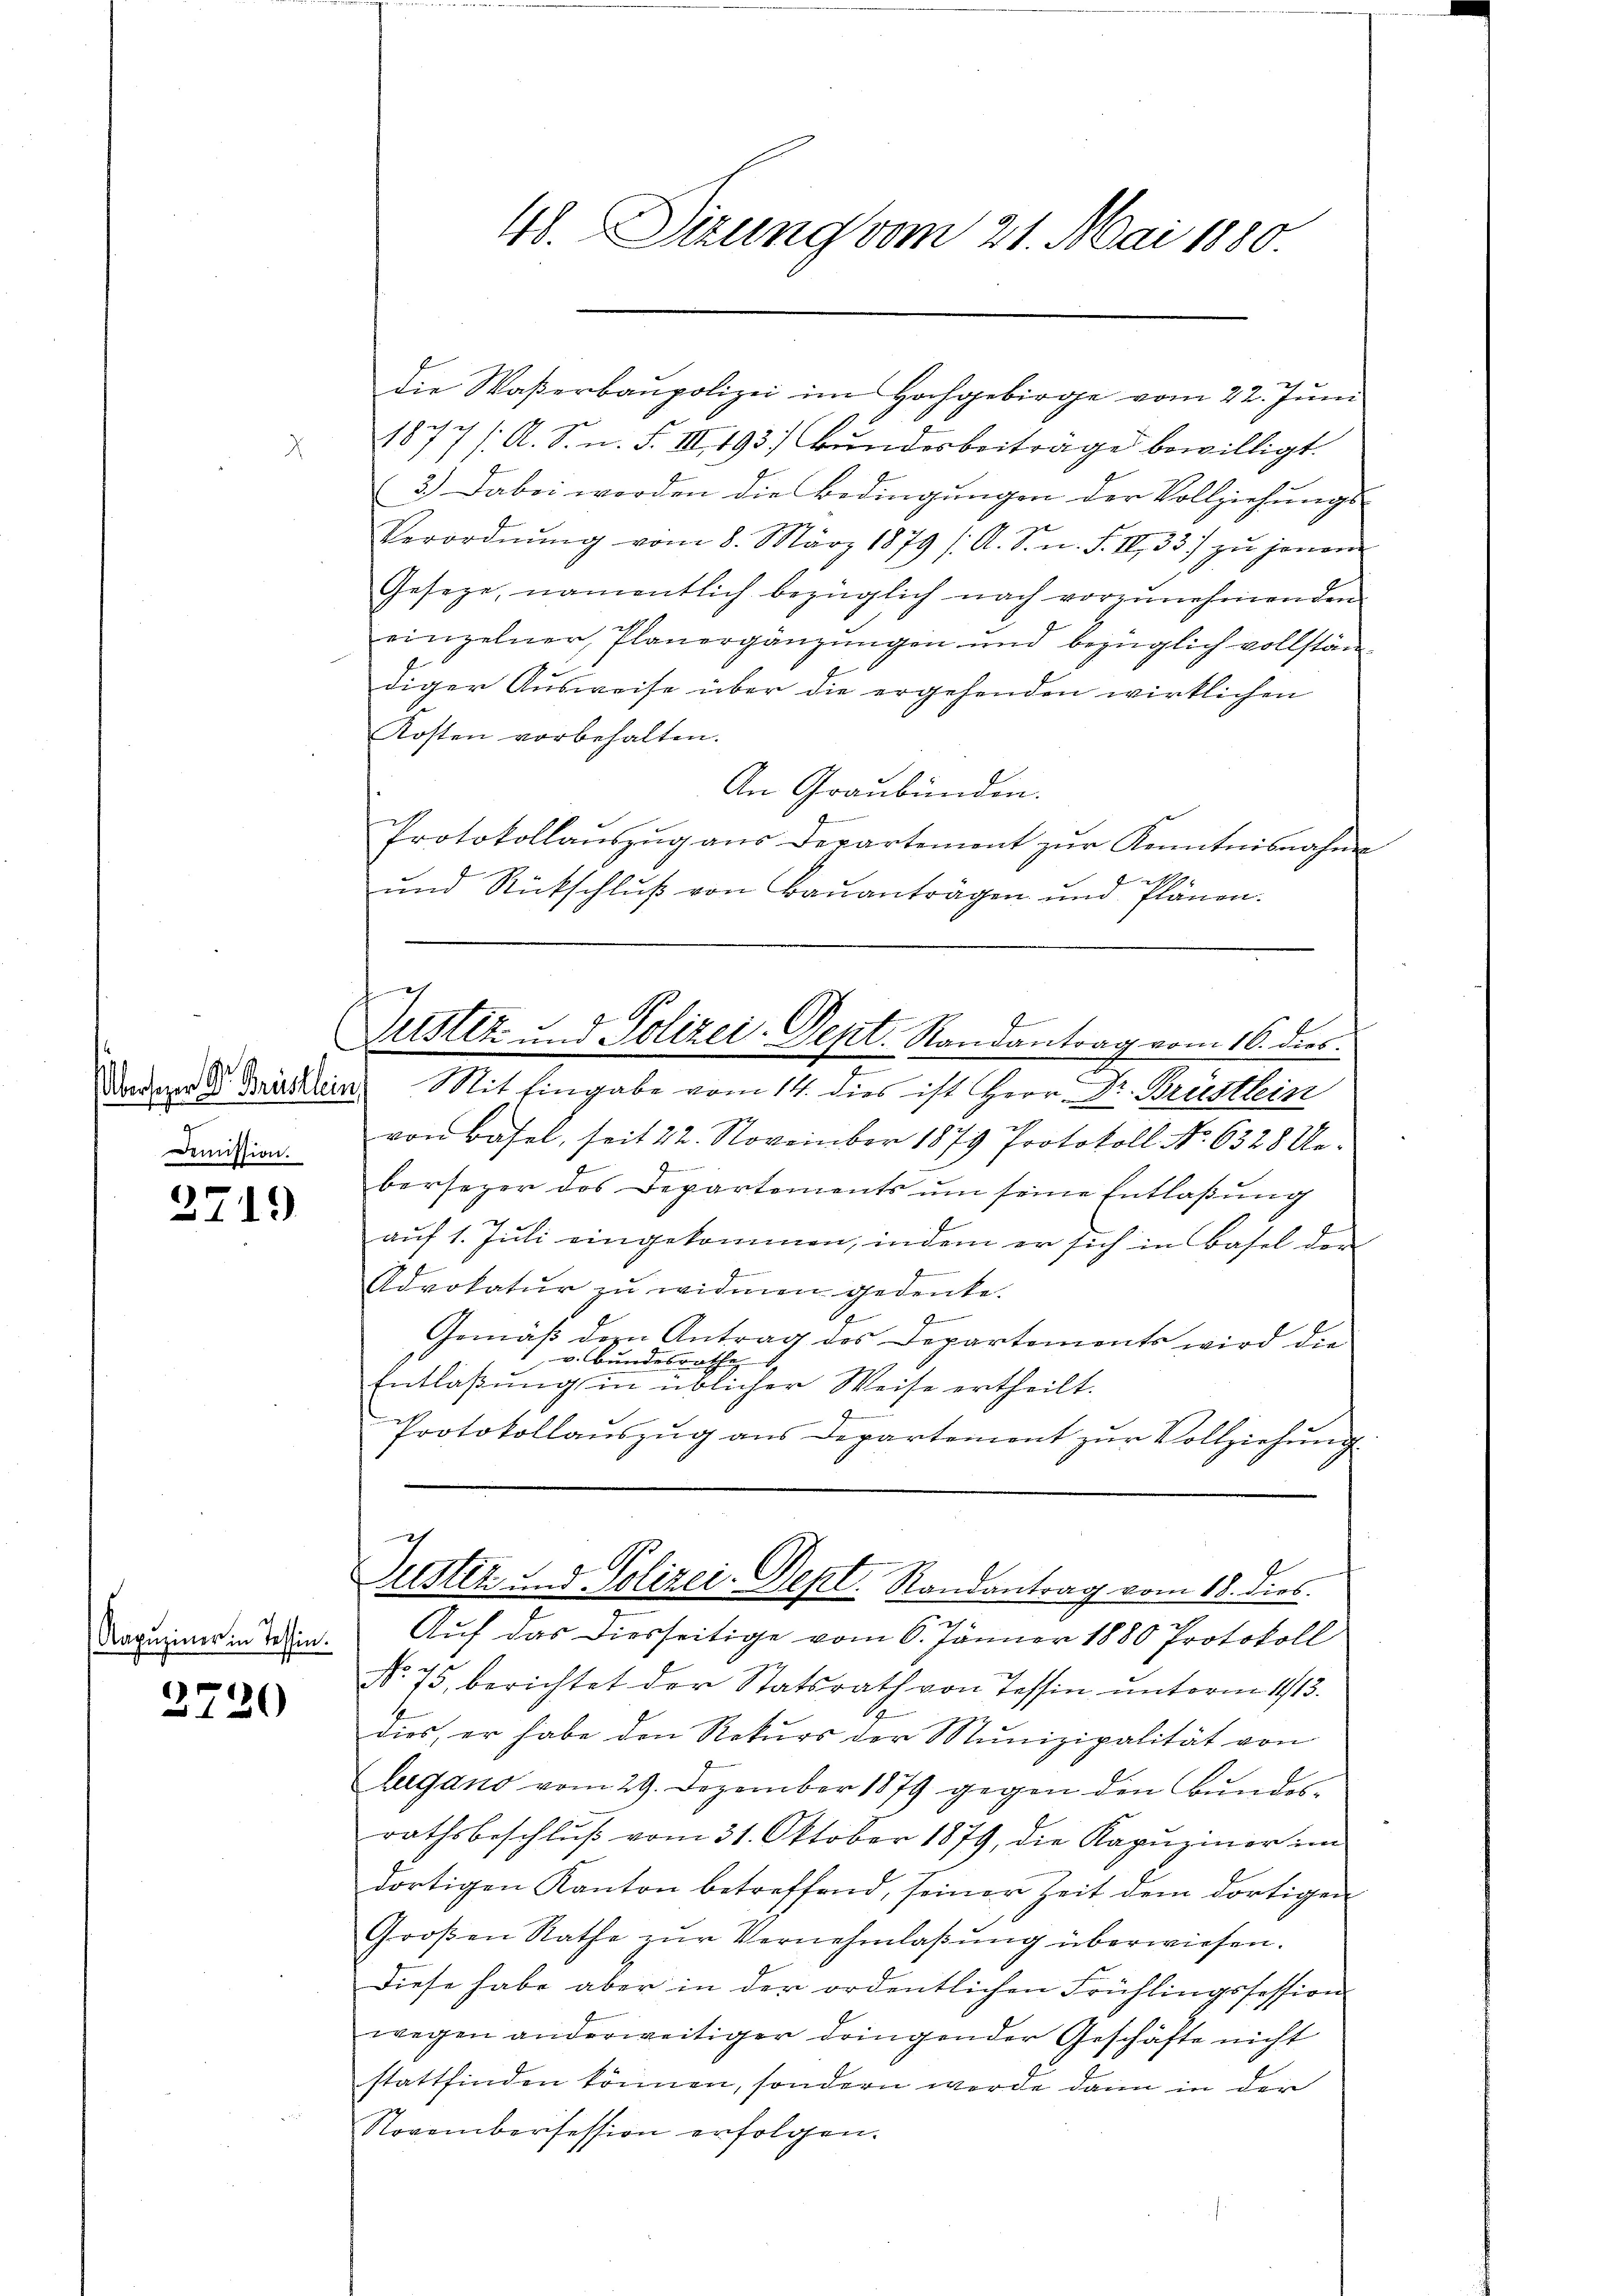
(Übersehen Dr. Brüstlein
Demission.

2719

Kapuziner in Tessin.

2720

die Waßerbaupolizei im Hochgebirge vom 22. Juni
1877 /A. S. n. F. III 193. Bundesbeitrage bewilligt.
3.) Dabei worden die Bedingungen der Vollziehungs-
Verordnŭng vom 8. März 1879 /A. S. n. F. II 33) zu jenen
Geseze, namentlich bezüglich nach vorzŭnehmenden
einzelner Planergänzungen und bezüglich vollständiger Ausweise über die ergehenden wirklichen
1
Kosten vorbehalten.
An Graubünden.
I
Protokollaŭszŭg aŭs derartement zŭr Kenntnisnahme
2
und Rückschluß von Bauanträgen und Plänen.
Mit Eingabe vom 14. dies ist Herr Dr. Brüstlein
von Basel, seit 22. November 1879 Protokoll No 6328 Uebersezer des Departements um seine Entlaßung
f
auf 1. Juli eingekommen, indem er sich in Basel der
f
A
Advokatur zu widmen gedenke.
g
Gemäß der Antrag des Departements wird die
1 v. Bundesrathe
Entlaßung in üblicher Weise ertheilt.
7
Protokollauszug aus Departement zur Vollziehung.
f
Justiz u. Polizei-Dept. Randantrag vom 18. dies
7
i
Auf das diesseitige vom 6. Jänner 1880 Protokoll
No 75. berichtet der Statsrath von Tessin unterm 1413.
dies, er habe den Rekurs der Munizipalität von
lugano vom 29. Dezember 1879 gegen den Bundesrathsbeschlŭβ vom 31. Oktober 1879, die Kapŭziner im
dortigen Kanton betreffend, seiner Zeit dem dortigen
Großen Rathe zur Vernehmlassung überwiesen.
Diese habe aber in der ordentlichen Frühlingssession
wegen anderweitiger dringender Geschäfte nicht
stattfinden können, sondern werde dann in der
Novembersession erfolgen.

48. Sizung vom 21. Mai 1880

ich
f
Justiz- und Polizei-Dent. Randantrag vom 16. dies
.